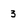
Character: 3